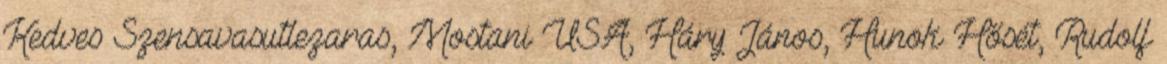
Kedves Szensavasutlezaras, Mostani USA, Háry János, Hunok Hősét, Rudolf